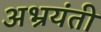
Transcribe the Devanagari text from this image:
अभ्रयंती